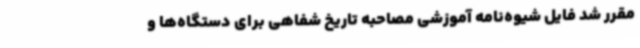
مقرر شد فایل شیوه‌نامه آموزشی مصاحبه تاریخ شفاهی برای دستگاه‌ها و